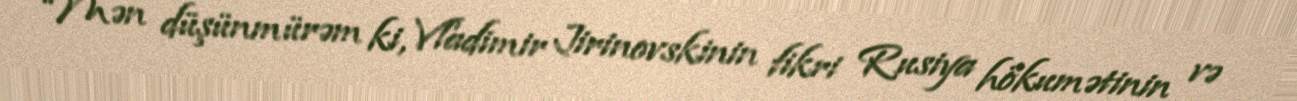
“Mən düşünmürəm ki, Vladimir Jirinovskinin fikri Rusiya hökumətinin və